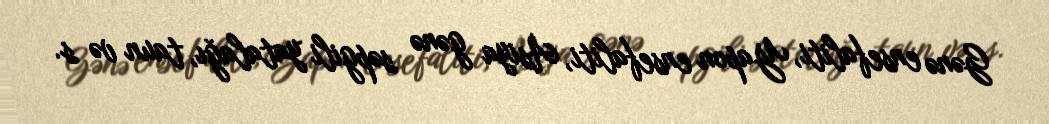
Gənə ensefaliti, Yapon ensefaliti, Asiya gənə səpgili yatalağı, taun və s.